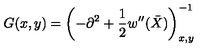
G ( x , y ) = \left( - \partial ^ { 2 } + \frac 1 2 w ^ { \prime \prime } ( \bar { X } ) \right) _ { x , y } ^ { - 1 }